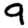
Digit: 9